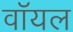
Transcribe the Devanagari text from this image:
वॉयल